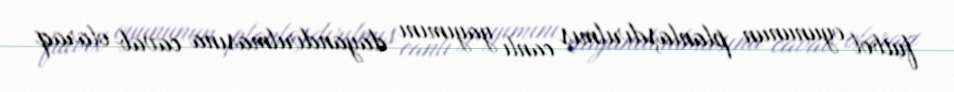
futbol oyununun planlaşdırılmış canlı yayımını dayandırılmasına cavab olaraq